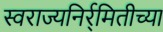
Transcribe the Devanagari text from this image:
स्वराज्यनिर्र्मितीच्या